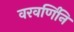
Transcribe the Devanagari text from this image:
वरवर्णिनि